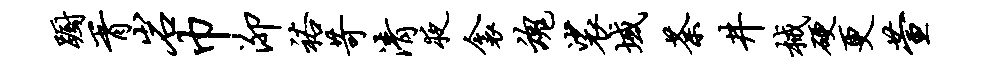
蹰胥岩巾泖裕苛清夜衾魂裟域荼井械硬更萱